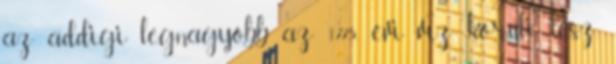
az addigi legnagyobb az 1775. évi víz körüli lesz.